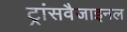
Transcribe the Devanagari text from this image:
ट्रांसवैजाइनल